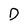
Character: D